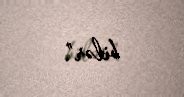
bilər”.